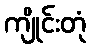
ကျိုင်းတုံ